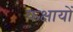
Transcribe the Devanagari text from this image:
कक्षायों